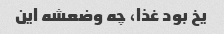
یخ بود غذا، چه وضعشه این